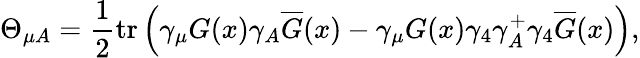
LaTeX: \Theta_{\mu A}=\frac 12\mathrm{tr}\left(\gamma_{\mu}G(x)\gamma_{A}\overline{{{G}}}(x)-\gamma_{\mu}G(x)\gamma_{4}\gamma_{A}^{+}\gamma_{4}\overline{{{G}}}(x)\right),